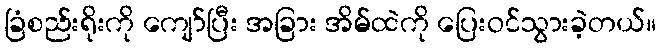
ခြံစည်းရိုးကို ကျော်ပြီး အခြား အိမ်ထဲကို ပြေးဝင်သွားခဲ့တယ်။